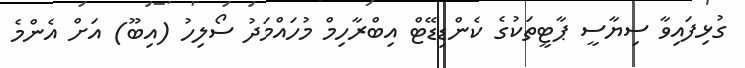
ގުޅިފައިވާ ސިޔާސީ ޕާޓީތަކުގެ ކެންޑިޑޭޓް އިބްރާހިމް މުހައްމަދު ސޯލިހު (އިބޫ) އަށް އެންމެ